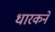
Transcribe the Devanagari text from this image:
धारकने